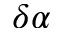
\delta \alpha